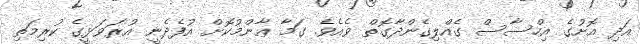
އަދި އޮށުގެ އިހްސާސް ގެއްލިގެންދާގޮތް ވެއެވެ. ގަމާ ޢާންމުކޮށް އުފެދެނީ އުރަވަޅީގެ ކުރިމަތި